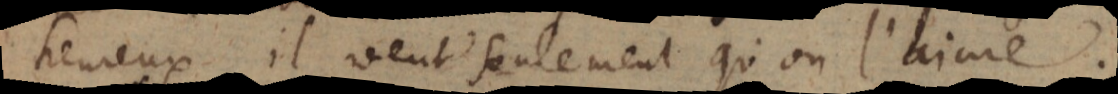
heureux, il veut seulement qu’on l’aime.